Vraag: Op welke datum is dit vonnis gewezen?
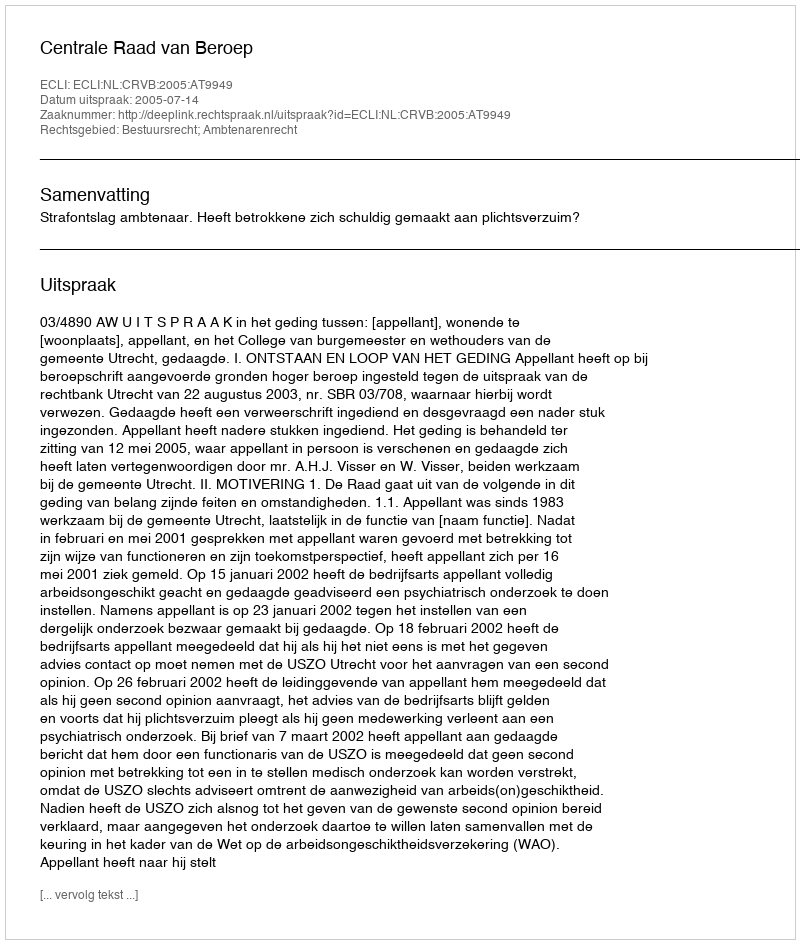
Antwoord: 2005-07-14